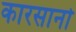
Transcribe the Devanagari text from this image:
कारसानो